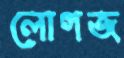
লোগজ